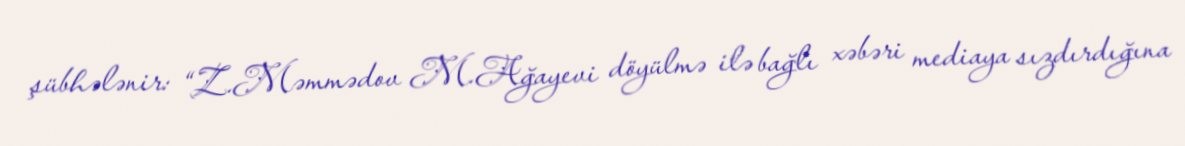
şübhələnir: “Z.Məmmədov M.Ağayevi döyülmə ilə bağlı xəbəri mediaya sızdırdığına